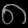
Digit: ၈